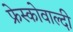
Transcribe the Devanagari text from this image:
फ्रेस्कोवाल्दी